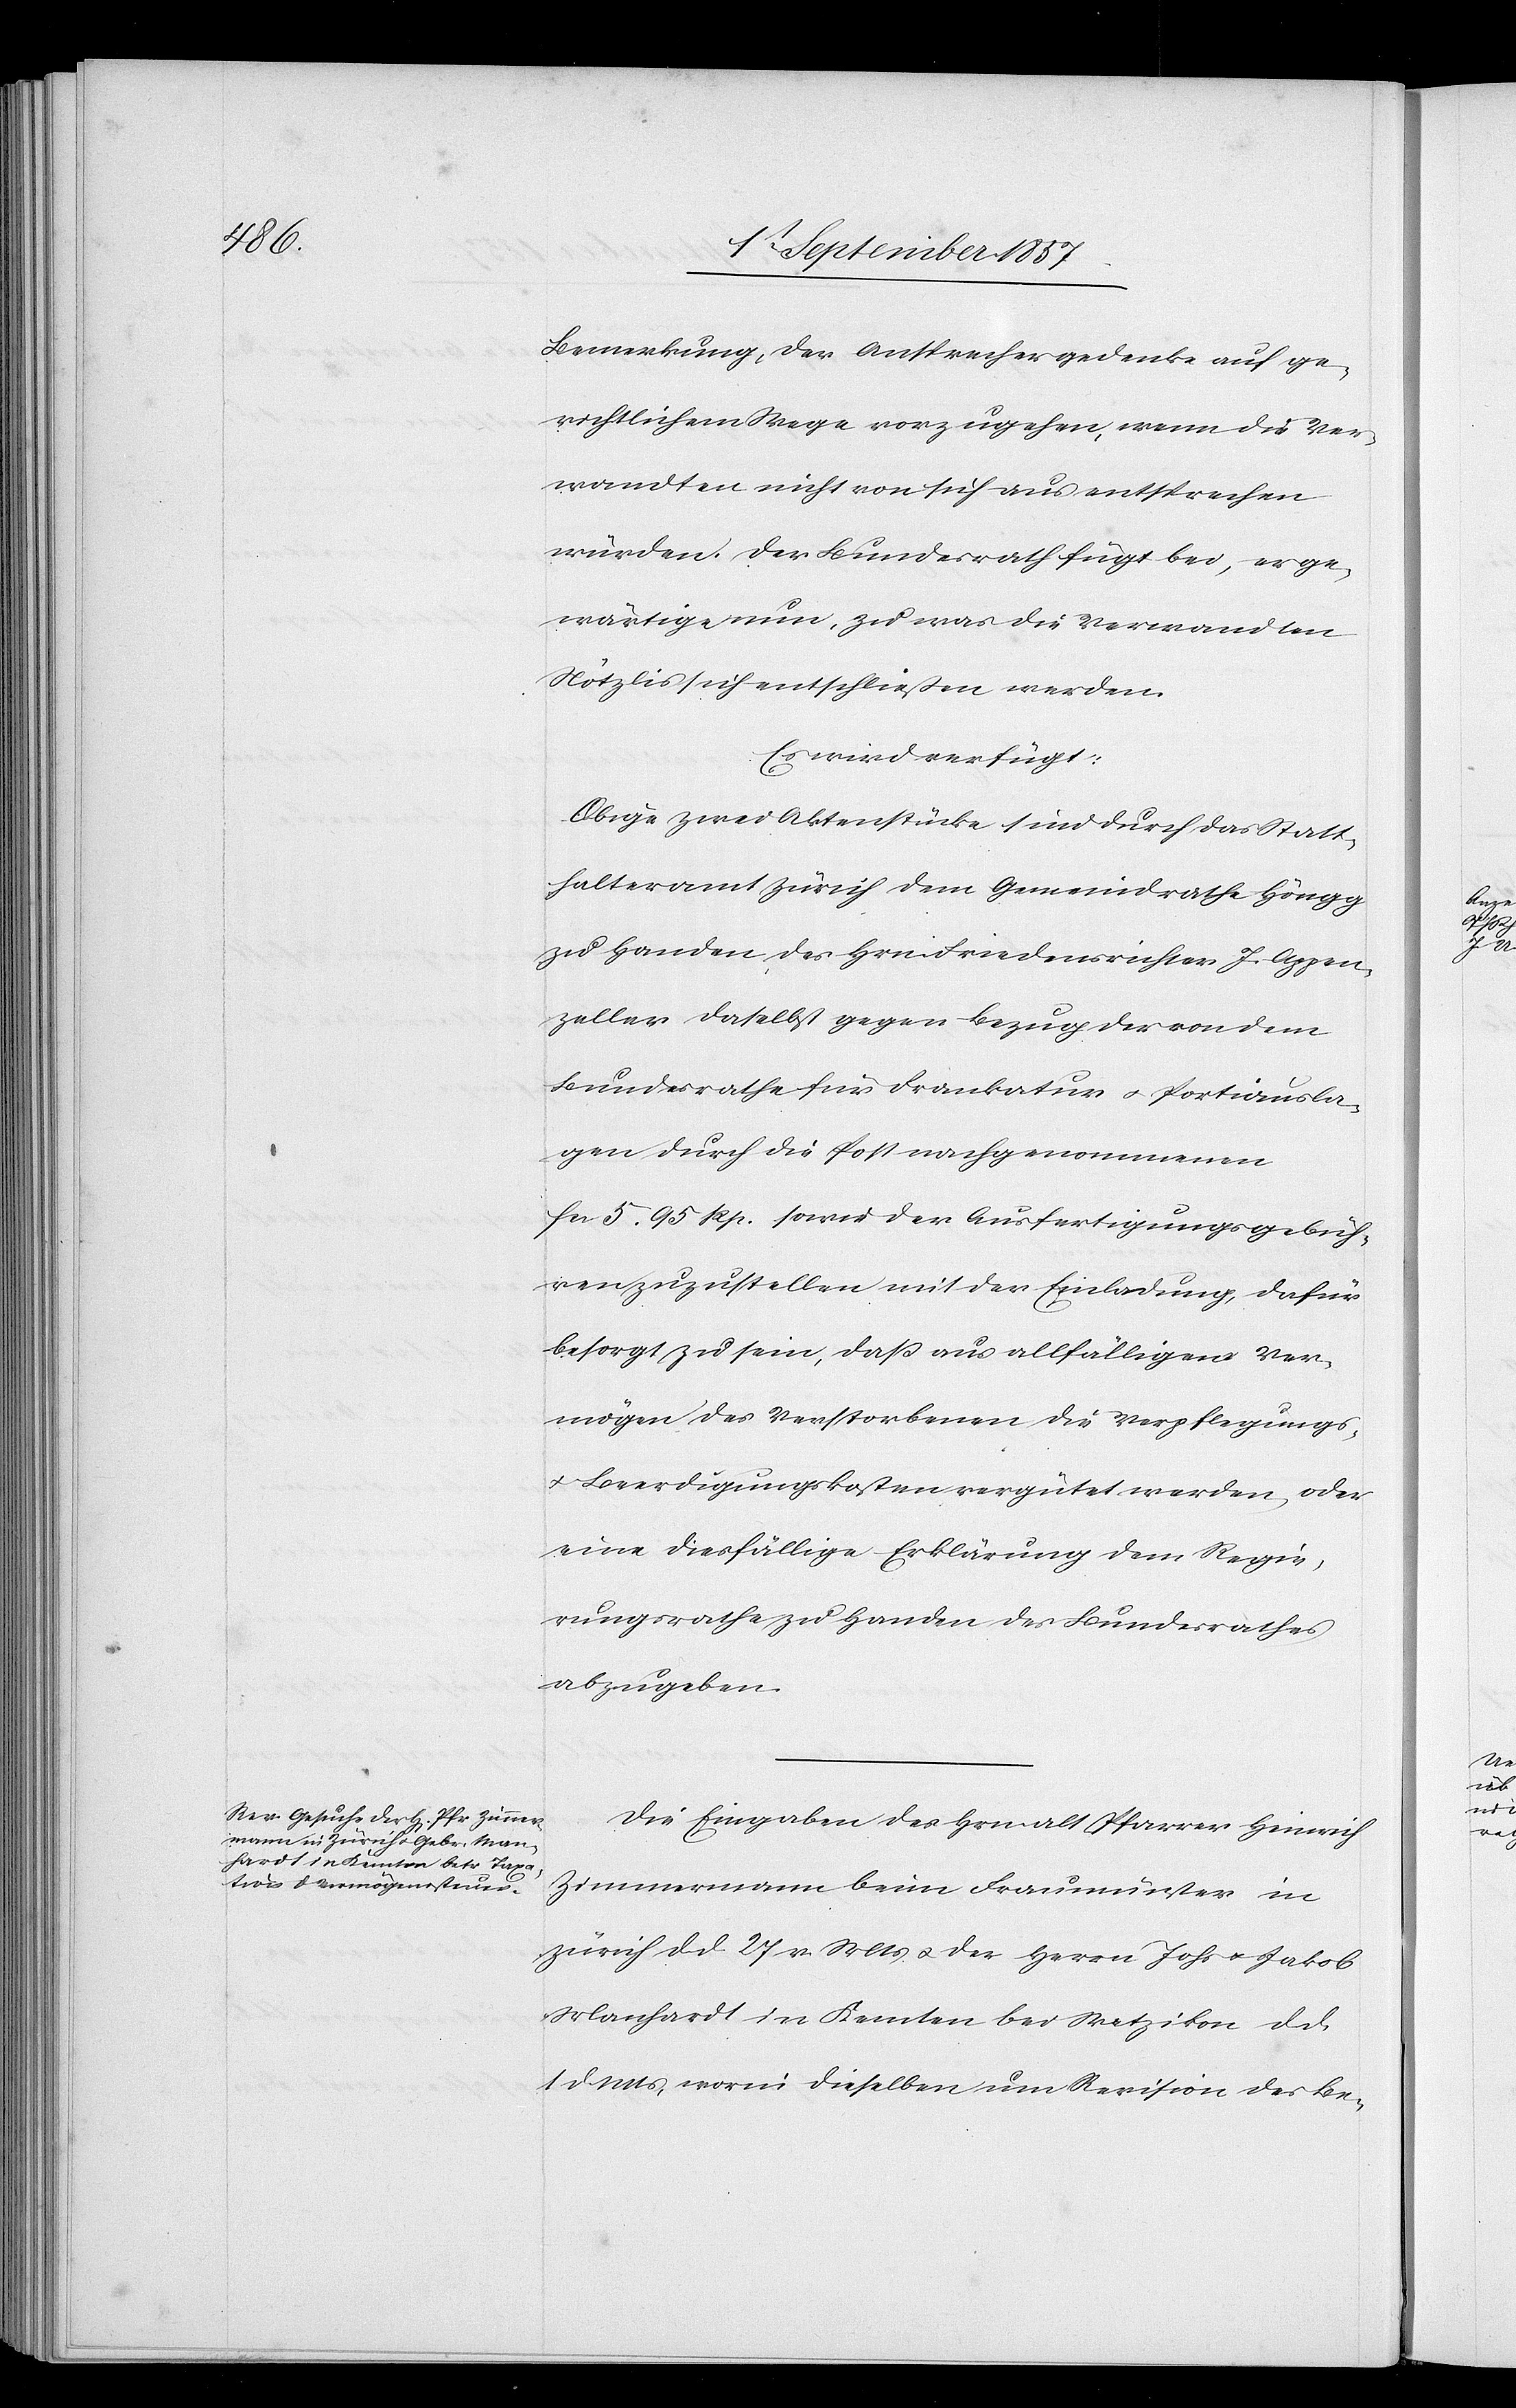
3t September 1857.]
Bemerkung, der Ansprecher gedenke auf ge¬
richtlichem Wege vorzugehen, wenn die Ver¬
wandten nicht von sich aus entsprechen
würden. Der Bundesrath fügt bei, es ge¬
wärtige nun, zu was die Verwandten
Nötzli sich entschließen werden.
Es wird verfügt:
Obige zwei Aktenstücke sind durch das Statt¬
halteramt Zürich dem Gemeindrathe Höngg
zu Handen des Hrn. Friedensrichter J. Appen¬
zeller daselbst gegen Bezug des von dem
Bundesrathe für Frankatur & Portiausla¬
gen durch die Post nachgenommenen
fcs 5. 95 Rp. sowie der Ausfertigungsgebüh¬
ren zuzustellen mit der Einladung, dafür
besorgt zu sein, daß aus allfälligem Ver¬
mögen des Verstorbenen die Verpflegungs-
& Beerdigungskosten vergütet werden oder
eine diesfällige Erklärung dem Regie¬
rungsrathe zu Handen des Bundesrathes
abzugeben.
Die Eingaben des Hrn. alt Pfarrer Heinrich
Zimmermann beim Fraumünster in
Zürich d. d. 27 v. Mts. & des Herrn Johs. & Jakob
Manhardt im Kanton bei Wetzikon d. d.
1 d. Mts. worin dieselben um Revision des Be-